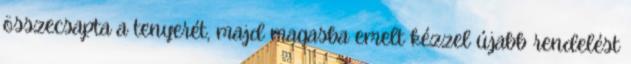
összecsapta a tenyerét, majd magasba emelt kézzel újabb rendelést